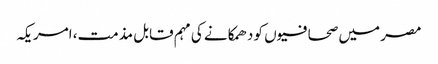
مصر میں صحافیوں کو دھمکانے کی مہم قابل مذمت، امریکہ